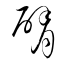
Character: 臂